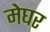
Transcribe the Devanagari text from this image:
मेघर